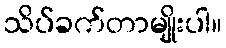
သိပ်ခက်တာမျိုးပါ။